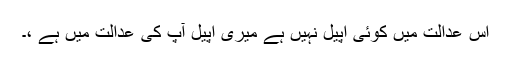
اس عدالت میں کوئی اپیل نہیں ہے میری اپیل آپ کی عدالت میں ہے ،۔